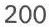
200